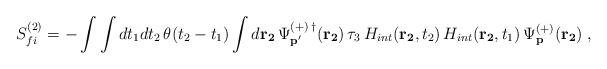
LaTeX: \begin{align*}S_{fi}^{(2)}=-\int \int dt_{1}dt_{2}\,\theta (t_{2}-t_{1})\int d{\bf r_{2}}\,\Psi _{{\bf p^{\prime }}}^{(+)\,\dagger }({\bf r_{2}})\,\tau_{3}\,H_{int}( {\bf r_{2}},t_{2})\,H_{int}({\bf r_{2}},t_{1})\,\Psi _{{\bf p}}^{(+)}({\bf r_{2}})\;,\end{align*}